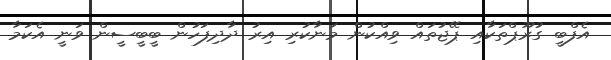
އެފްބީ ގުރޫޕްތަކާއި ޕޭޖުތައް ވިއްކުން މަނާކުރި އިރު ދާދިފަހުން ބީބީސީން ވަނީ އެކަމާ